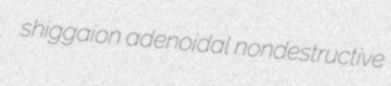
shiggaion adenoidal nondestructive